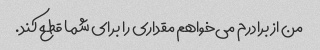
من از برادرم می‌خواهم مقداری را برای شما قطع کند.